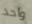
واحد